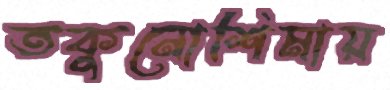
তকুনোশিমায়